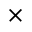
\times